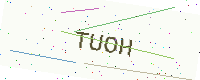
Text: TUOH